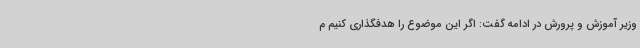
وزیر آموزش و پرورش در ادامه گفت: اگر این موضوع را هدفگذاری کنیم م